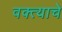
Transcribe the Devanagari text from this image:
वक्त्याचे